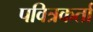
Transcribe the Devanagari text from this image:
पवित्रकर्ता